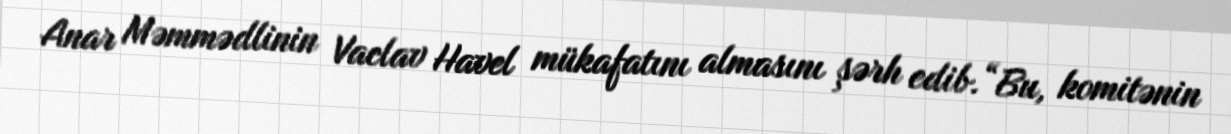
Anar Məmmədlinin Vaclav Havel mükafatını almasını şərh edib.“Bu, komitənin